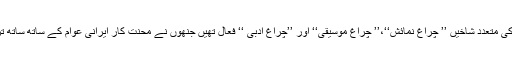
کمیونسٹ پارٹی کی ثقافتی تنظیم ’’انجمن پرورش‘‘ اور اس کی متعدد شاخیں ’’ چراغِ نمائش‘‘،’’ چراغِ موسیقی‘‘ اور ’’چراغِ ادبی ‘‘ فعال تھیں جنھوں نے محنت کار ایرانی عوام کے ساتھ ساتھ ترقی پسند شعرا،ادبا اور دانشوروں کو اپنی جانب متوجہ کیا ۔